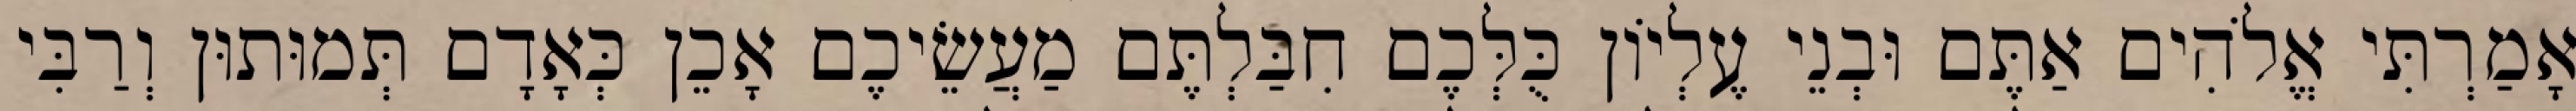
אָמַרְתִּי אֱלֹהִים אַתֶּם וּבְנֵי עֶלְיוֹן כֻּלְּכֶם חִבַּלְתֶּם מַעֲשֵׂיכֶם אָכֵן כְּאָדָם תְּמוּתוּן וְרַבִּי